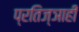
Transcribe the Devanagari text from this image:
प्रतिज्ञाही